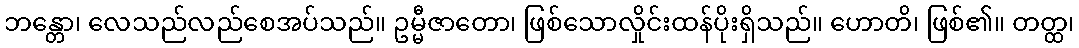
ဘန္တော၊ လေသည်လည်စေအပ်သည်။ ဥမ္မီဇာတော၊ ဖြစ်သောလှိုင်းထန်ပိုးရှိသည်။ ဟောတိ၊ ဖြစ်၏။ တတ္ထ၊